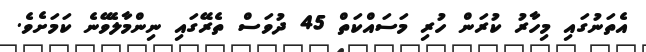
އެތަނުގައި މިހާރު ކުރަން ހުރި މަސައްކަތް 45 ދުވަސް ތެރޭގައި ނިންމާލެވޭނެ ކަމަށެވެ.